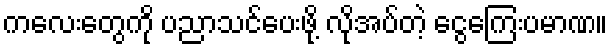
ကလေးတွေကို ပညာသင်ပေးဖို့ လိုအပ်တဲ့ ငွေကြေးပမာဏ။